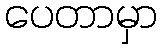
ပေတာမှာ